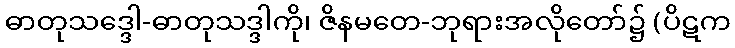
ဓာတုသဒ္ဒေါ-ဓာတုသဒ္ဒါကို၊ ဇိနမတေ-ဘုရားအလိုတော်၌ (ပိဋက